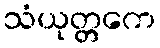
သံယုတ္တကေ